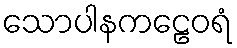
သောပါနကဠေဝရံ